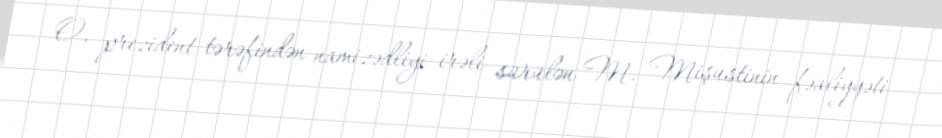
O, prezident tərəfindən namizədliyi irəli sürülən M. Mişustinin fəaliyyəti